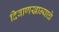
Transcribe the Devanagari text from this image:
दिवाणखान्याचे